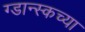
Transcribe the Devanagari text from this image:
ग्डान्स्कच्या